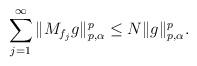
LaTeX: \begin{align*}\sum_{j=1}^\infty \| M_{f_j} g\|_{p,\alpha}^p \leq N \| g\|_{p,\alpha}^p.\end{align*}